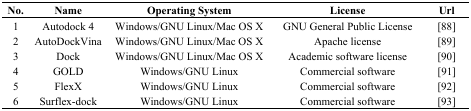
| No. | Name | Operating System | License | Url |
 | --- | --- | --- | --- | --- |
 | 1 | Autodock 4 | Windows/GNU Linux/Mac OS X | GNU General Public License | [88] |
 | 2 | AutoDockVina | Windows/GNU Linux/Mac OS X | Apache license | [89] |
 | 3 | Dock | Windows/GNU Linux/Mac OS X | Academic software license | [90] |
 | 4 | GOLD | Windows/GNU Linux | Commercial software | [91] |
 | 5 | FlexX | Windows/GNU Linux | Commercial software | [92] |
 | 6 | Surflex-dock | Windows/GNU Linux | Commercial software | [93] |